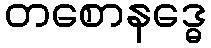
တစောနဒ္ဓေ